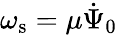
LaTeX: \omega_{\mathrm{s}}=\mu\dot{\Psi}_{0}